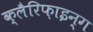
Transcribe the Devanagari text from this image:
क्लैरिफ़ाइन्ग